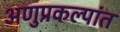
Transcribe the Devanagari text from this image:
अणुप्रकल्पांत